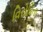
વિરોધિતા